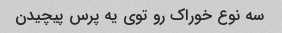
سه نوع خوراک رو توی یه پرس پیچیدن